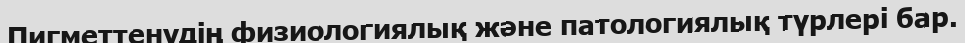
Пигметтенудің физиологиялық және патологиялық түрлері бар.